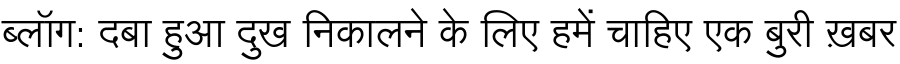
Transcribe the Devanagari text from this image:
ब्लॉग: दबा हुआ दुख निकालने के लिए हमें चाहिए एक बुरी ख़बर